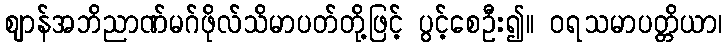
ဈာန်အဘိညာဏ်မဂ်ဖိုလ်သိမာပတ်တို့ဖြင့် ပွင့်စေဦး၍။ ဝရသမာပတ္တိယာ၊